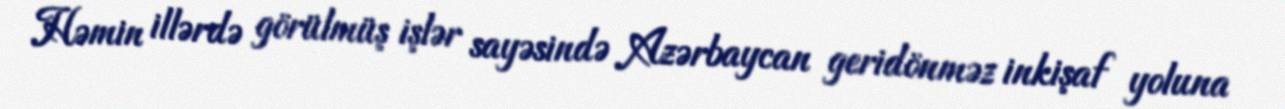
Həmin illərdə görülmüş işlər sayəsində Azərbaycan geridönməz inkişaf yoluna